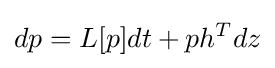
dp=L[p]dt+ph^{T}dz